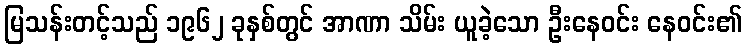
မြသန်းတင့်သည် ၁၉၆၂ ခုနှစ်တွင် အာဏာ သိမ်း ယူခဲ့သော ဦးနေဝင်း နေဝင်း၏